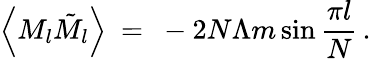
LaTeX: \left\langle M_{l}\tilde{M}_{l}\right\rangle\ =\ -2N\Lambda m\sin\frac{\pi l}{N}\, .